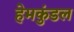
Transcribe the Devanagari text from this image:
हेमकुंडल